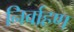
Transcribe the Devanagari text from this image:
निर्वाहण